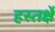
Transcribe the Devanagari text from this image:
हस्तर्क्षे